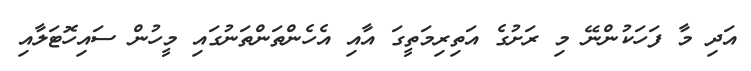
އަދި މާ ފަހަކުންނޭ މި ރަށުގެ އަތިރިމަތީގަ އާއި އެހެންތަންތަނުގައި މީހުން ސައިހޮޓަލާއި